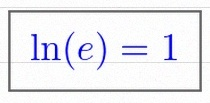
\ln(e)=1